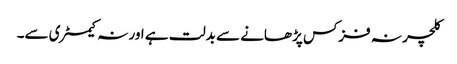
کلچر نہ فزکس پڑھانے سے بدلت ہے اور نہ کیمسٹری سے۔